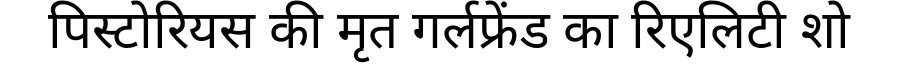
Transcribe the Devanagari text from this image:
पिस्टोरियस की मृत गर्लफ्रेंड का रिएलिटी शो